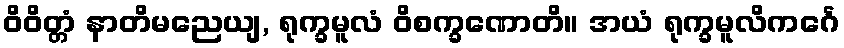
ဝိဝိတ္တံ နာတိမညေယျ, ရုက္ခမူလံ ဝိစက္ခဏောတိ။ အယံ ရုက္ခမူလိကင်္ဂေ